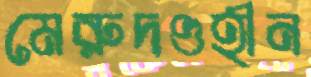
মেরুদণ্ডহীন